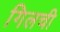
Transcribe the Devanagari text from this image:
गिलची